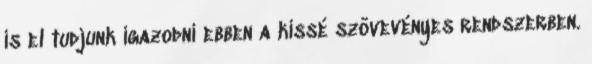
is el tudjunk igazodni ebben a kissé szövevényes rendszerben.